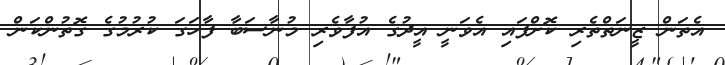
އެތަން ޒީނަތްތެރި ކޮށްފައި އެވަނީ އީދުގެ އުފާވެރި މުނާސަބާ ފާހަގަ ކުރުމުގެ ގޮތުންކަން